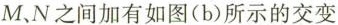
M、N之间加有如图(b)所示的交变